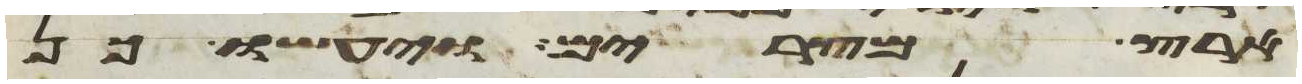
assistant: ארץ מצרים ויעשו כן